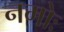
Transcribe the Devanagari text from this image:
नमोः